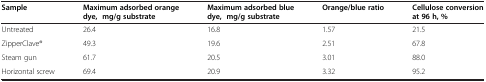
<table><thead><tr><td><b>Sample</b></td><td><b>Maximum adsorbed orange dye, mg/g substrate</b></td><td><b>Maximum adsorbed blue dye, mg/g substrate</b></td><td><b>Orange/blue ratio</b></td><td><b>Cellulose conversion at 96 h, %</b></td></tr></thead><tbody><tr><td>Untreated</td><td>26.4</td><td>16.8</td><td>1.57</td><td>21.5</td></tr><tr><td>ZipperClave<sup>®</sup></td><td>49.3</td><td>19.6</td><td>2.51</td><td>67.8</td></tr><tr><td>Steam gun</td><td>61.7</td><td>20.5</td><td>3.01</td><td>88.0</td></tr><tr><td>Horizontal screw</td><td>69.4</td><td>20.9</td><td>3.32</td><td>95.2</td></tr></tbody></table>